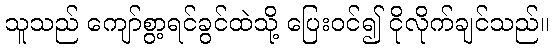
သူသည် ကျော်စွာ့ရင်ခွင်ထဲသို့ ပြေးဝင်၍ ငိုလိုက်ချင်သည်။